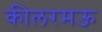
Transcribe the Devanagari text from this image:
कीलरमऊ